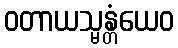
ဝတာယသ္မန္တံယေဝ